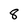
Character: 8